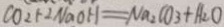
C O _ { 2 } + 2 N a O H = N a _ { 2 } C O _ { 3 } + H _ { 2 } O